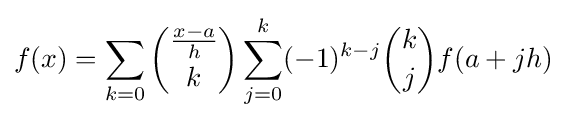
f(x)=\sum _{k=0}{{\frac {x-a}{h}} \choose k}\sum _{j=0}^{k}(-1)^{k-j}{k \choose j}f(a+jh)